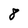
Character: 8